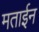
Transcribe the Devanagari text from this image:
मताईन